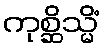
ကုစ္ဆိသ္မိံ